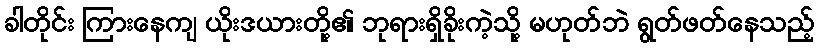
ခါတိုင်း ကြားနေကျ ယိုးဒယားတို့၏ ဘုရားရှိခိုးကဲ့သို့ မဟုတ်ဘဲ ရွတ်ဖတ်နေသည့်